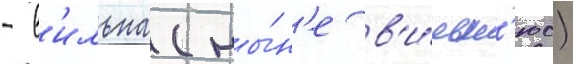
- в'ильна (ны́н'е в'и́льн'юс)